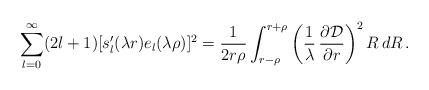
LaTeX: \begin{align*} \sum_{l=0}^{\infty}(2l+1)[s_l^{\prime}(\lambda r)e_l(\lambda\rho)]^2=\frac{1}{2r \rho}\int_{r-\rho}^{r+\rho} \left(\frac{1}{\lambda}\,\frac{\partial{\cal D}}{\partial r} \right)^2R\,dR\,.\end{align*}